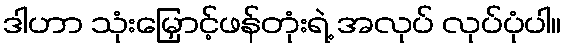
ဒါဟာ သုံးမြှောင့်ဖန်တုံးရဲ့ အလုပ် လုပ်ပုံပါ။